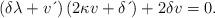
LaTeX: \begin{align*}\left( \delta \lambda+v\,\acute{}\, \right) \left( 2\kappa v+\delta \,\acute{}\, \right) +2\delta v=0. \end{align*}